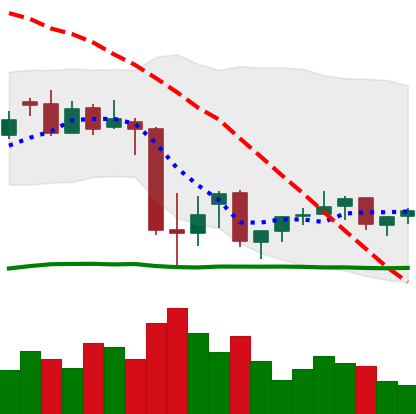
Ticker: XMR-USD
Chart end date: 2021-07-03
Forward return: -4.336%
Label: down_3_5